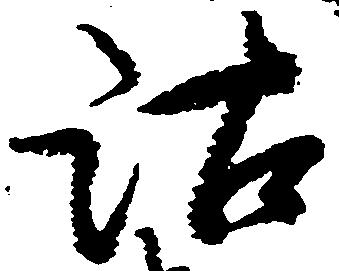
沽